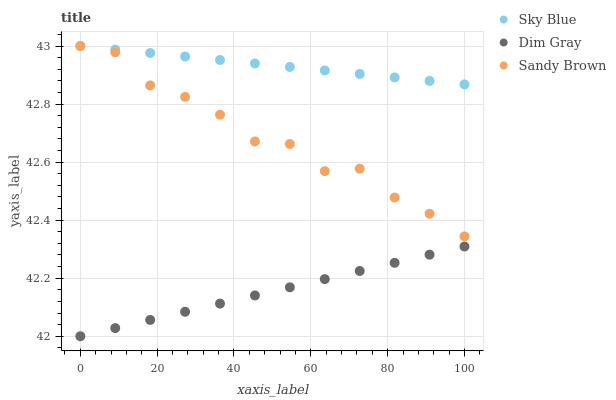
| xaxis_label | Sky Blue | Dim Gray | Sandy Brown |
 | --- | --- | --- | --- |
 | 0 | 43 | 42 | 43 |
 | 9.09 | 43 | 42 | 43 |
 | 18.2 | 43 | 42.1 | 42.9 |
 | 27.3 | 43 | 42.1 | 42.8 |
 | 36.4 | 43 | 42.1 | 42.8 |
 | 45.5 | 42.9 | 42.1 | 42.7 |
 | 54.5 | 42.9 | 42.2 | 42.7 |
 | 63.6 | 42.9 | 42.2 | 42.6 |
 | 72.7 | 42.9 | 42.2 | 42.6 |
 | 81.8 | 42.9 | 42.3 | 42.5 |
 | 90.9 | 42.9 | 42.3 | 42.4 |
 | 100 | 42.9 | 42.3 | 42.3 |